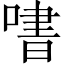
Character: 𫫒